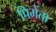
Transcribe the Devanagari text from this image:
पिमेंता